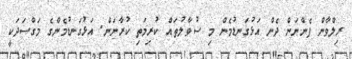
ރިލްވާން ފެންނަން ދެން އަޅުގަނޑުމެން މި ސުވާލުތައް ކުރިމަތި ކުރާނަން. އަޅުގަނޑުމެންގެ މަގްސަދަކީ